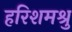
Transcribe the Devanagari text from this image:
हरिशमश्रु